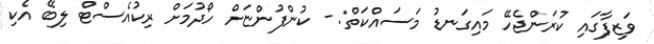
ވަޒިފާގައި ކުރަންޖެހޭ މައިގަނޑު މަސައްކަތް: - ކުންފުންޏަށް ހޯދުމަށް ރިކުއެސްޓް ލިބޭ އެކި